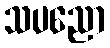
သပညော